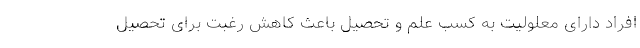
افراد دارای معلولیت به کسب علم و تحصیل باعث کاهش رغبت برای تحصیل